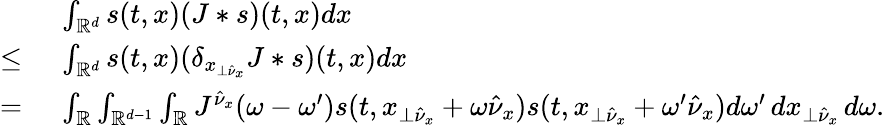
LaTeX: \begin{array}{rl}&{\ \int_{\mathbb{R}^{d}}s(t,x)(J*s)(t,x)dx}\\ {\leq}&{\ \int_{\mathbb{R}^{d}}s(t,x)(\delta_{x_{\perp\hat{\nu}_{x}}}J*s)(t,x)dx}\\ {=}&{\ \int_{\mathbb{R}}\int_{\mathbb{R}^{d-1}}\int_{\mathbb{R}}J^{\hat{\nu}_{x}}(\omega-\omega^{\prime})s(t,x_{\perp\hat{\nu}_{x}}+\omega\hat{\nu}_{x})s(t,x_{\perp\hat{\nu}_{x}}+\omega^{\prime}\hat{\nu}_{x})d\omega^{\prime}\, dx_{\perp\hat{\nu}_{x}}\, d\omega.}\end{array}